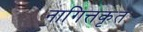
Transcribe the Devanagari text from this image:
नागित्तकृत